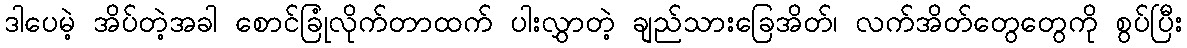
ဒါပေမဲ့ အိပ်တဲ့အခါ စောင်ခြုံလိုက်တာထက် ပါးလွှာတဲ့ ချည်သားခြေအိတ်၊ လက်အိတ်တွေတွေကို စွပ်ပြီး